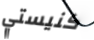
كنيستي